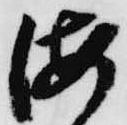
海